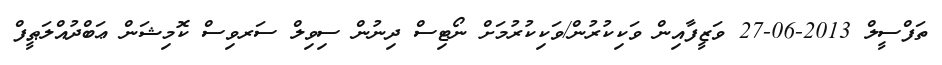
ތަފްސީލް 2013-06-27 ވަޒީފާއިން ވަކިކުރުން/ވަކިކުރުމަށް ނޯޓިސް ދިނުން ސިވިލް ސަރވިސް ކޮމިޝަން ޢަބްދުއްލަޠީފް